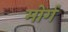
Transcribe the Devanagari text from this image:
मोर्ग